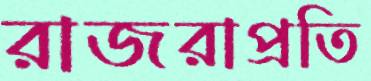
রাজরাপ্রতি